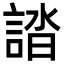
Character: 誻